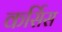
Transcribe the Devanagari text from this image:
कर्सिस